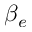
\beta _ { e }